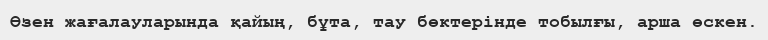
Өзен жағалауларында қайың, бұта, тау бөктерінде тобылғы, арша өскен.